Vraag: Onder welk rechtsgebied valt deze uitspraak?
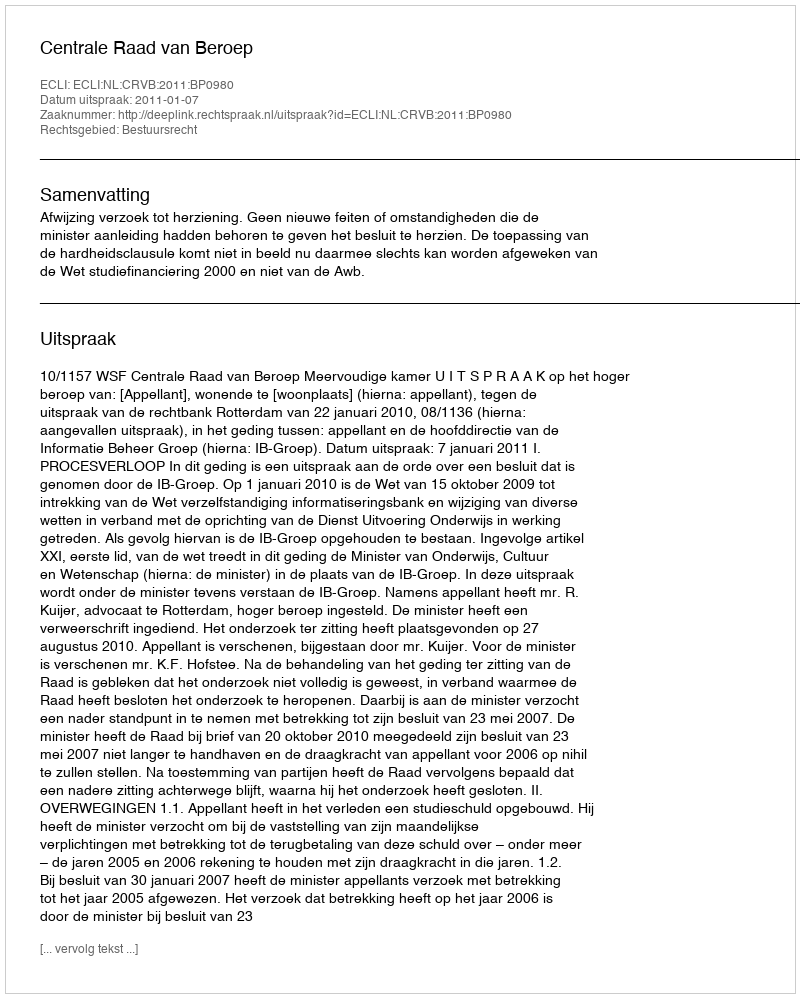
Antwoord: Bestuursrecht